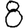
Digit: 8